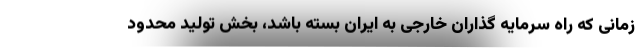
زمانی كه راه سرمایه گذاران خارجی به ایران بسته باشد، بخش تولید محدود